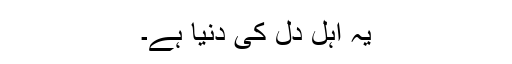
یہ اہل دل کی دنیا ہے۔